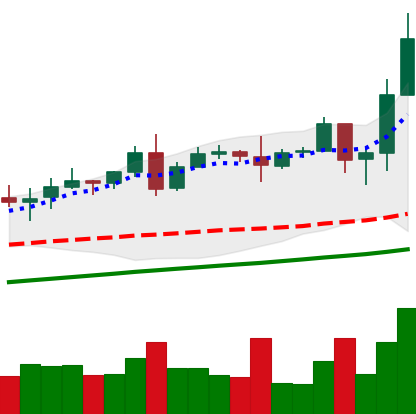
Ticker: TRX-USD
Chart end date: 2020-08-14
Forward return: 7.22%
Label: up_7plus